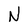
Character: N